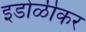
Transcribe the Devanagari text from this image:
इडोळीकर